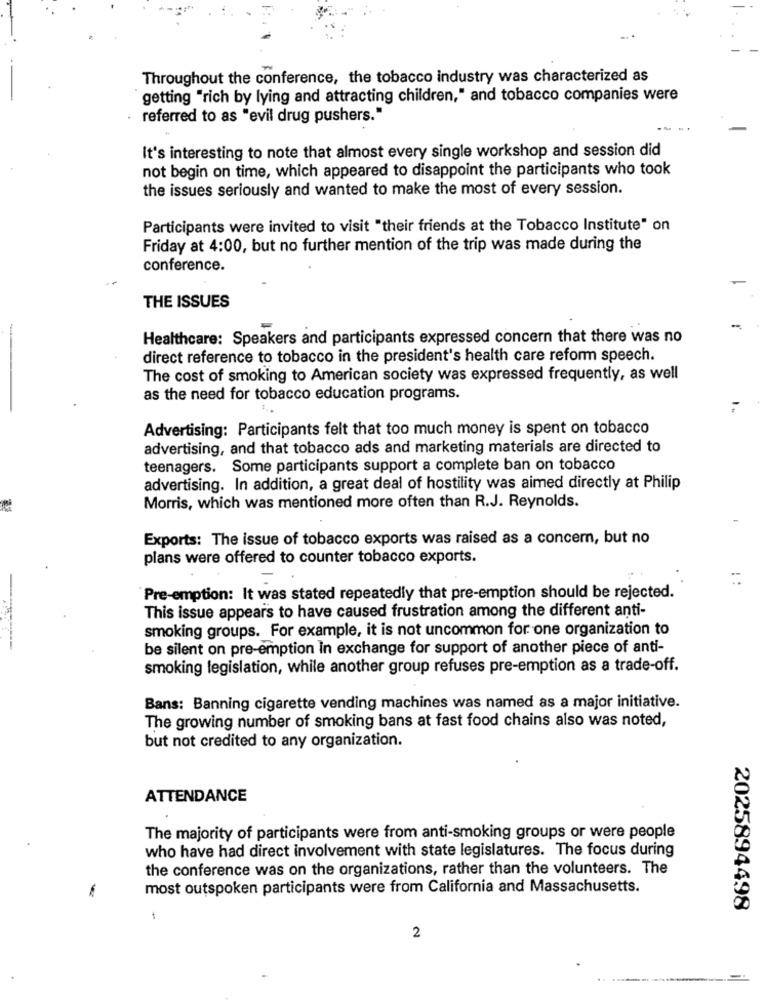
Throughout the conference, the tobacco industry was characterized as
getting "rich by lying and attracting children," and tobacco companies were
referred to as "evil drug pushers."
It's interesting to note that almost every single workshop and session did
not begin on time, which appeared to disappoint the participants who took
the issues seriously and wanted to make the most of every session.
Participants were invited to visit "their friends at the Tobacco Institute" on
Friday at 4:00, but no further mention of the trip was made during the
conference.
THE ISSUES
-
-
Healthcare: Speakers and participants expressed concern that there was no
direct reference to tobacco in the president's health care reform speech.
The cost of smoking to American society was expressed frequently, as well
as the need for tobacco education programs.
Advertising: Participants felt that too much money is spent on tobacco
advertising, and that tobacco ads and marketing materials are directed to
teenagers. Some participants support a complete ban on tobacco
advertising. In addition, a great deal of hostility was aimed directly at Philip
Morris, which was mentioned more often than R.J. Reynolds.
Exports: The issue of tobacco exports was raised as a concern, but no
plans were offered to counter tobacco exports.
Pre-emption: It was stated repeatedly that pre-emption should be rejected.
This issue appears to have caused frustration among the different anti-
smoking groups. For example, it is not uncommon for one organization to
be silent on pre-emption in exchange for support of another piece of anti-
smoking legislation, while another group refuses pre-emption as a trade-off.
Bans: Banning cigarette vending machines was named as a major initiative.
The growing number of smoking bans at fast food chains also was noted,
but not credited to any organization.
ATTENDANCE
The majority of participants were from anti-smoking groups or were people
who have had direct involvement with state legislatures. The focus during
the conference was on the organizations, rather than the volunteers. The
most outspoken participants were from California and Massachusetts.
2025894498
2